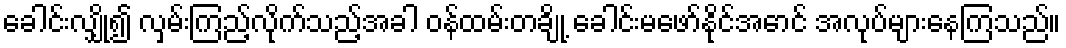
ခေါင်းလျှို၍ လှမ်းကြည့်လိုက်သည့်အခါ ဝန်ထမ်းတချို့ ခေါင်းမဖော်နိုင်အောင် အလုပ်များနေကြသည်။